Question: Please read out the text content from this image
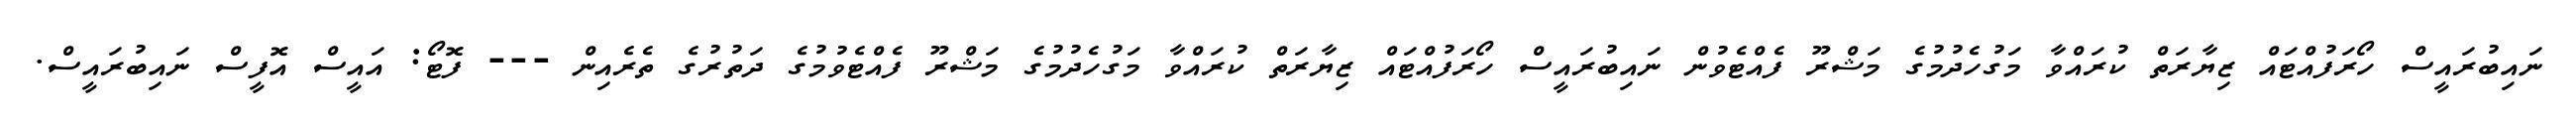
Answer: ނައިބުރައީސް ހޯރަފުއްޓައް ޒިޔާރަތް ކުރައްވާ މަގުހެދުމުގެ މަޝްރޫ ފެއްޓެވުން ނައިބުރައީސް ހޯރަފުއްޓައް ޒިޔާރަތް ކުރައްވާ މަގުހެދުމުގެ މަޝްރޫ ފެއްޓެވުމުގެ ދަތުރުގެ ތެރެއިން --- ފޮޓޯ: އައީސް އޮފީސް ނައިބުރައީސް.